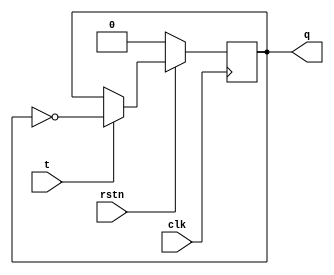
module tff(input clk,input rstn,input t,output reg q);
always @ (negedge clk)begin
if(!rstn)
  q<=0;
else 
   if(t)
    q<=~q;
   else
    q<=q;
end
endmodule 


module ud_counter (input clk,
                input rstn,
                output reg [3:0] out);
wire [3:0] cnt;              
tff t0(.clk(clk),.rstn(rstn),.t(1'b1),.q(cnt[0]));
tff t1(.clk(cnt[0]),.rstn(rstn),.t(1'b1),.q(cnt[1]));
tff t2(.clk(cnt[1]),.rstn(rstn),.t(1'b1),.q(cnt[2]));
tff t3(.clk(cnt[2]),.rstn(rstn),.t(1'b1),.q(cnt[3]));               
always@*
begin
 out<=cnt;
end
endmodule